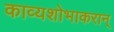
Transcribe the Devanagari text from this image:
काव्यशोभाकरान्